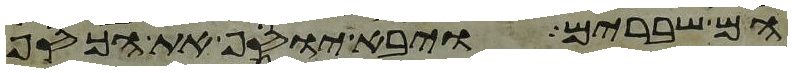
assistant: הם שברים ויבא יוסף את הכסף